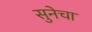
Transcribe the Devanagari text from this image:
सुनेचा